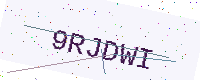
Text: 9RJDWI